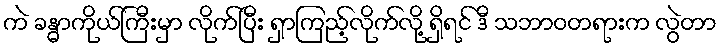
ကဲ ခန္ဓာကိုယ်ကြီးမှာ လိုက်ပြီး ရှာကြည့်လိုက်လို့ ရှိရင် ဒီ သဘာဝတရားက လွဲတာ